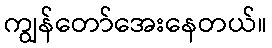
ကျွန်တော်အေးနေတယ်။